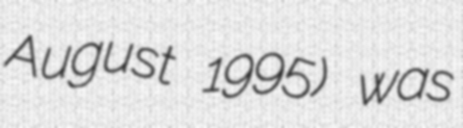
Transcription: August 1995) was